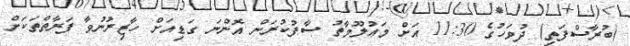
(ބުރާސްފަތި) ދުވަހުގެ 11:30 އަށް މަޢުލޫމާތު ސާފުކުރަން އޮންނަ ގަޑިއަށް ހާޒިރުނުވާ ފަރާތްތަކަށް